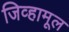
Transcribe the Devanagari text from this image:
जिव्हामूल